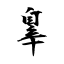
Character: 辠